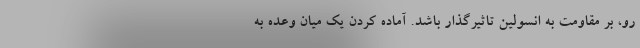
رو، بر مقاومت به انسولین تاثیرگذار باشد. آماده کردن یک میان وعده به